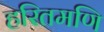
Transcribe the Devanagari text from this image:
हरितमणि